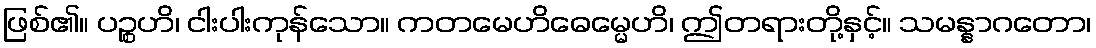
ဖြစ်၏။ ပဉ္စဟိ၊ ငါးပါးကုန်သော။ ကတမေဟိဓေမ္မေဟိ၊ ဤတရားတို့နှင့်။ သမန္နာဂတော၊